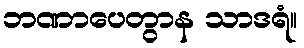
ဘဏာပေတွာန သာဒရံ။